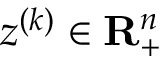
z ^ { ( k ) } \in \mathbf { R } _ { + } ^ { n }